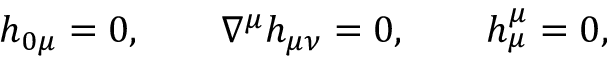
h _ { 0 \mu } = 0 , \qquad \nabla ^ { \mu } h _ { \mu \nu } = 0 , \qquad h _ { \mu } ^ { \mu } = 0 ,